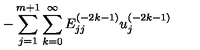
{ - \sum _ { j = 1 } ^ { m + 1 } \sum _ { k = 0 } ^ { \infty } E _ { j j } ^ { ( - 2 k - 1 ) } u _ { j } ^ { ( - 2 k - 1 ) } }